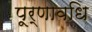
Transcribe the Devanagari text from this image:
पूर्णावधि